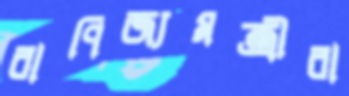
বাণিজ্যমন্ত্রীরা